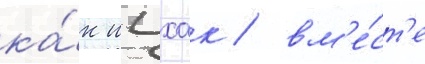
ка́к ицхак / вм'е́ст'е